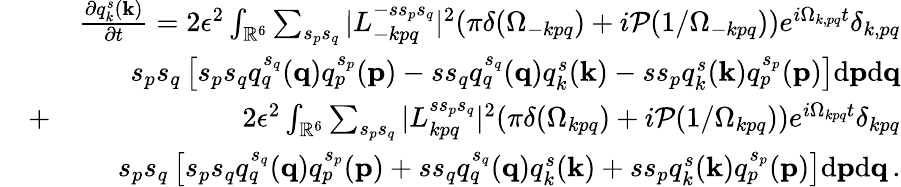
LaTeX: \begin{array}{rlr}&{}&{\frac{\partial q_{k}^{s}({\mathbf k})}{\partial t}=2\epsilon^{2}\int_{{\mathbb{R}}^{6}}\sum_{s_{p}s_{q}}\vert L_{-kpq}^{-ss_{p}s_{q}}\vert^{2}(\pi\delta(\Omega_{-kpq})+i{\cal P}(1/\Omega_{-kpq}))e^{i\Omega_{k,pq}t}\delta_{k,pq}}\\ &{}&{s_{p}s_{q}\left[s_{p}s_{q}q_{q}^{s_{q}}({\mathbf q})q_{p}^{s_{p}}({\mathbf p})-ss_{q}q_{q}^{s_{q}}({\mathbf q})q_{k}^{s}({\mathbf k})-ss_{p}q_{k}^{s}({\mathbf k})q_{p}^{s_{p}}({\mathbf p})\right]\mathrm{d}{\mathbf p}\mathrm{d}{\mathbf q}}\\ &{+}&{2\epsilon^{2}\int_{{\mathbb{R}}^{6}}\sum_{s_{p}s_{q}}\vert L_{kpq}^{ss_{p}s_{q}}\vert^{2}(\pi\delta(\Omega_{kpq})+i{\cal P}(1/\Omega_{kpq}))e^{i\Omega_{kpq}t}\delta_{kpq}}\\ &{}&{s_{p}s_{q}\left[s_{p}s_{q}q_{q}^{s_{q}}({\mathbf q})q_{p}^{s_{p}}({\mathbf p})+ss_{q}q_{q}^{s_{q}}({\mathbf q})q_{k}^{s}({\mathbf k})+ss_{p}q_{k}^{s}({\mathbf k})q_{p}^{s_{p}}({\mathbf p})\right]\mathrm{d}{\mathbf p}\mathrm{d}{\mathbf q}\, .}\end{array}